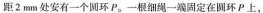
距2mm处安有一个圆环P。一根细绳一端固定在圆环P上，